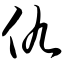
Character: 仇